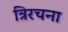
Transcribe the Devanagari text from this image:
त्रिरचना